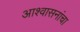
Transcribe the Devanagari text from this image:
आश्वासनांचा